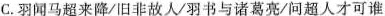
C.羽闻马超来降/旧非故人/羽书与诸葛亮/问超人才可谁